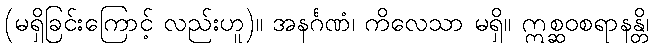
(မရှိခြင်းကြောင့် လည်းဟူ)။ အနင်္ဂဏံ၊ ကိလေသာ မရှိ။ ဣစ္ဆဝစရာနန္တိ၊